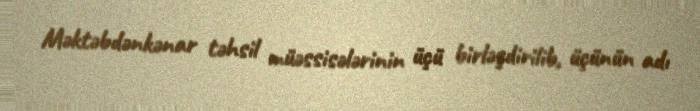
Məktəbdənkənar təhsil müəssisələrinin üçü birləşdirilib, üçünün adı